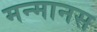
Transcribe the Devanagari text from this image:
मन्मानस